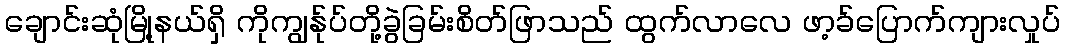
ချောင်းဆုံမြို့နယ်ရှိ ကိုကျွန်ုပ်တို့ခွဲခြမ်းစိတ်ဖြာသည် ထွက်လာလေ ဖာ့ခ်ပြောက်ကျားလှုပ်